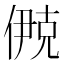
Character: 鿙